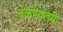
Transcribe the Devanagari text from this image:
वळण्याच्या